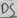
Text: D5